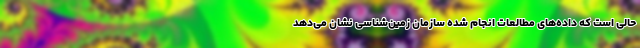
حالی است که داده‌های مطالعات انجام شده سازمان زمین‌شناسی نشان می‌دهد